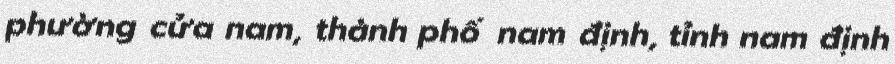
phường cửa nam, thành phố nam định, tỉnh nam định